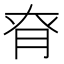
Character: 𦚉